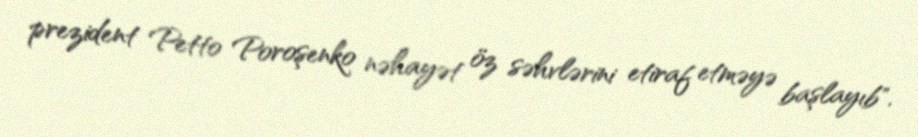
prezident Petto Poroşenko nəhayət öz səhvlərini etiraf etməyə başlayıb".